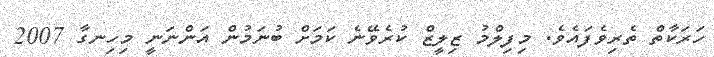
ހަރަކާތް ތެރިވެފައެވެ. މިފިލްމު ޒިލީޒް ކުރެވޭނެ ކަމަށް ބުނަމުން އަންނަނީ މިހިނގާ 2007